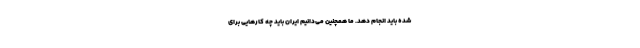
شده باید انجام دهد. ما همچنین می‌دانیم ایران باید چه کارهایی برای